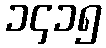
၁၄၁၅